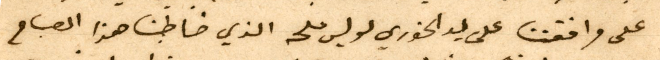
على مرافقتنا على يد الخوري لويس ملحه الذي خاطبنا هذا الصباح